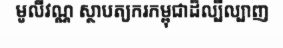
មូលីវណ្ណ ស្ថាបត្យករកម្ពុជាដ៏ល្បីល្បាញ